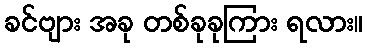
ခင်ဗျား အခု တစ်ခုခုကြား ရလား။